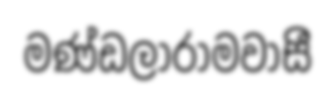
මණ්ඩලාරාමවාසී